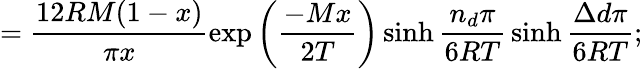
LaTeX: =\frac{12RM(1-x)}{\pi x}\exp{\left(\frac{-Mx}{2T}\right)}\sinh{\frac{n_{d}\pi}{6RT}}\sinh{\frac{\Delta d\pi}{6RT}};